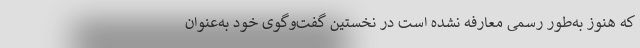
که هنوز به‌طور رسمی معارفه نشده است در نخستین گفت‌وگوی خود به‌عنوان